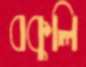
বকুলি